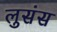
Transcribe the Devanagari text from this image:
लुसंस